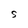
Character: S